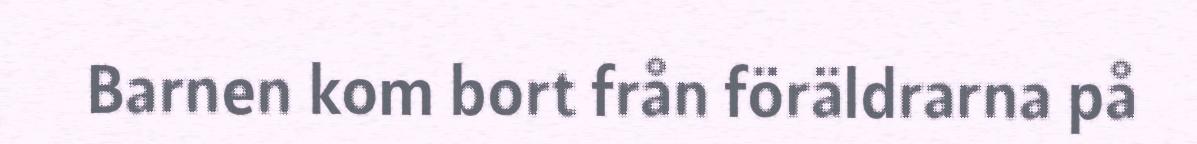
Barnen kom bort från föräldrarna på